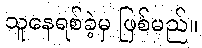
သူနေရစ်ခဲ့မှ ဖြစ်မည်။